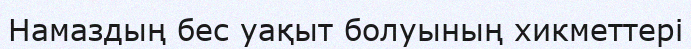
Намаздың бес уақыт болуының хикметтері